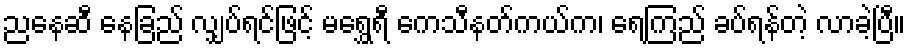
ညနေဆီ နေခြည် လျှပ်ရင်ဖြင့် မရွှေရီ ကေသီနတ်ကယ်က၊ ရေကြည် ခပ်ရန်တဲ့ လာခဲ့ပြီ။